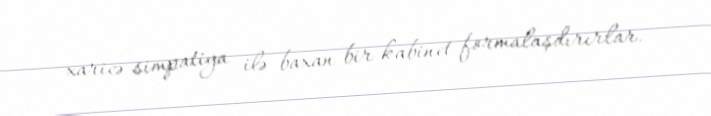
xaricə simpatiya ilə baxan bir kabinet formalaşdırırlar.